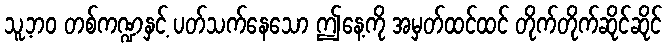
သူ့ဘဝ တစ်ကဏ္ဍနှင့် ပတ်သက်နေသော ဤနေ့ကို အမှတ်ထင်ထင် တိုက်တိုက်ဆိုင်ဆိုင်